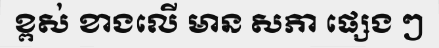
ខ្ពស់ ខាងលើ មាន សភា ផ្សេង ៗ